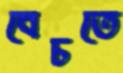
বেচতে